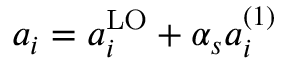
a _ { i } = a _ { i } ^ { \mathrm { L O } } + \alpha _ { s } a _ { i } ^ { ( 1 ) }